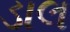
ડાલ